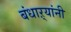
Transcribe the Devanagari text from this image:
बंधाऱ्यांनी